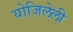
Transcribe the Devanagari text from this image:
योजिलेली